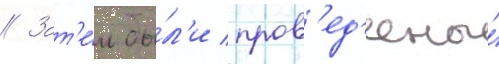
// Зат'е́м бы́л'и пров'ед'ены́